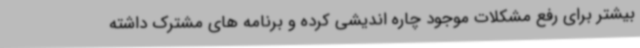
بیشتر برای رفع مشکلات موجود چاره اندیشی کرده و برنامه های مشترک داشته